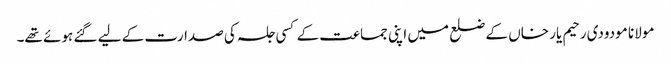
مولانا مودودی رحیم یار خاں کے ضلع میں اپنی جماعت کے کسی جلسہ کی صدارت کے لیے گئے ہوئے تھے۔